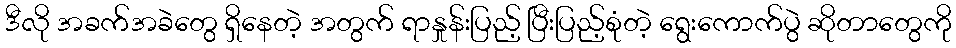
ဒီလို အခက်အခဲတွေ ရှိနေတဲ့ အတွက် ရာနှုန်းပြည့် ပြီးပြည့်စုံတဲ့ ရွေးကောက်ပွဲ ဆိုတာတွေကို